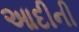
આદીની